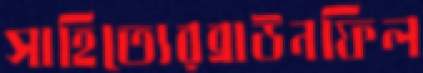
সাহিত্যেরব্রাউনফিল